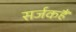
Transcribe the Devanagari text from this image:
सर्जकहैं